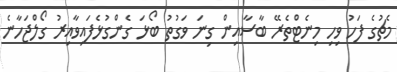
މެޗުގެ ފަހު ވިހި މިނެޓްތެރޭ ބާސާއިން ގިނަ ވަގުތު ބޯޅަ ގެންގުޅެފައިވާއިރު ގޯލްޖަހާނެ